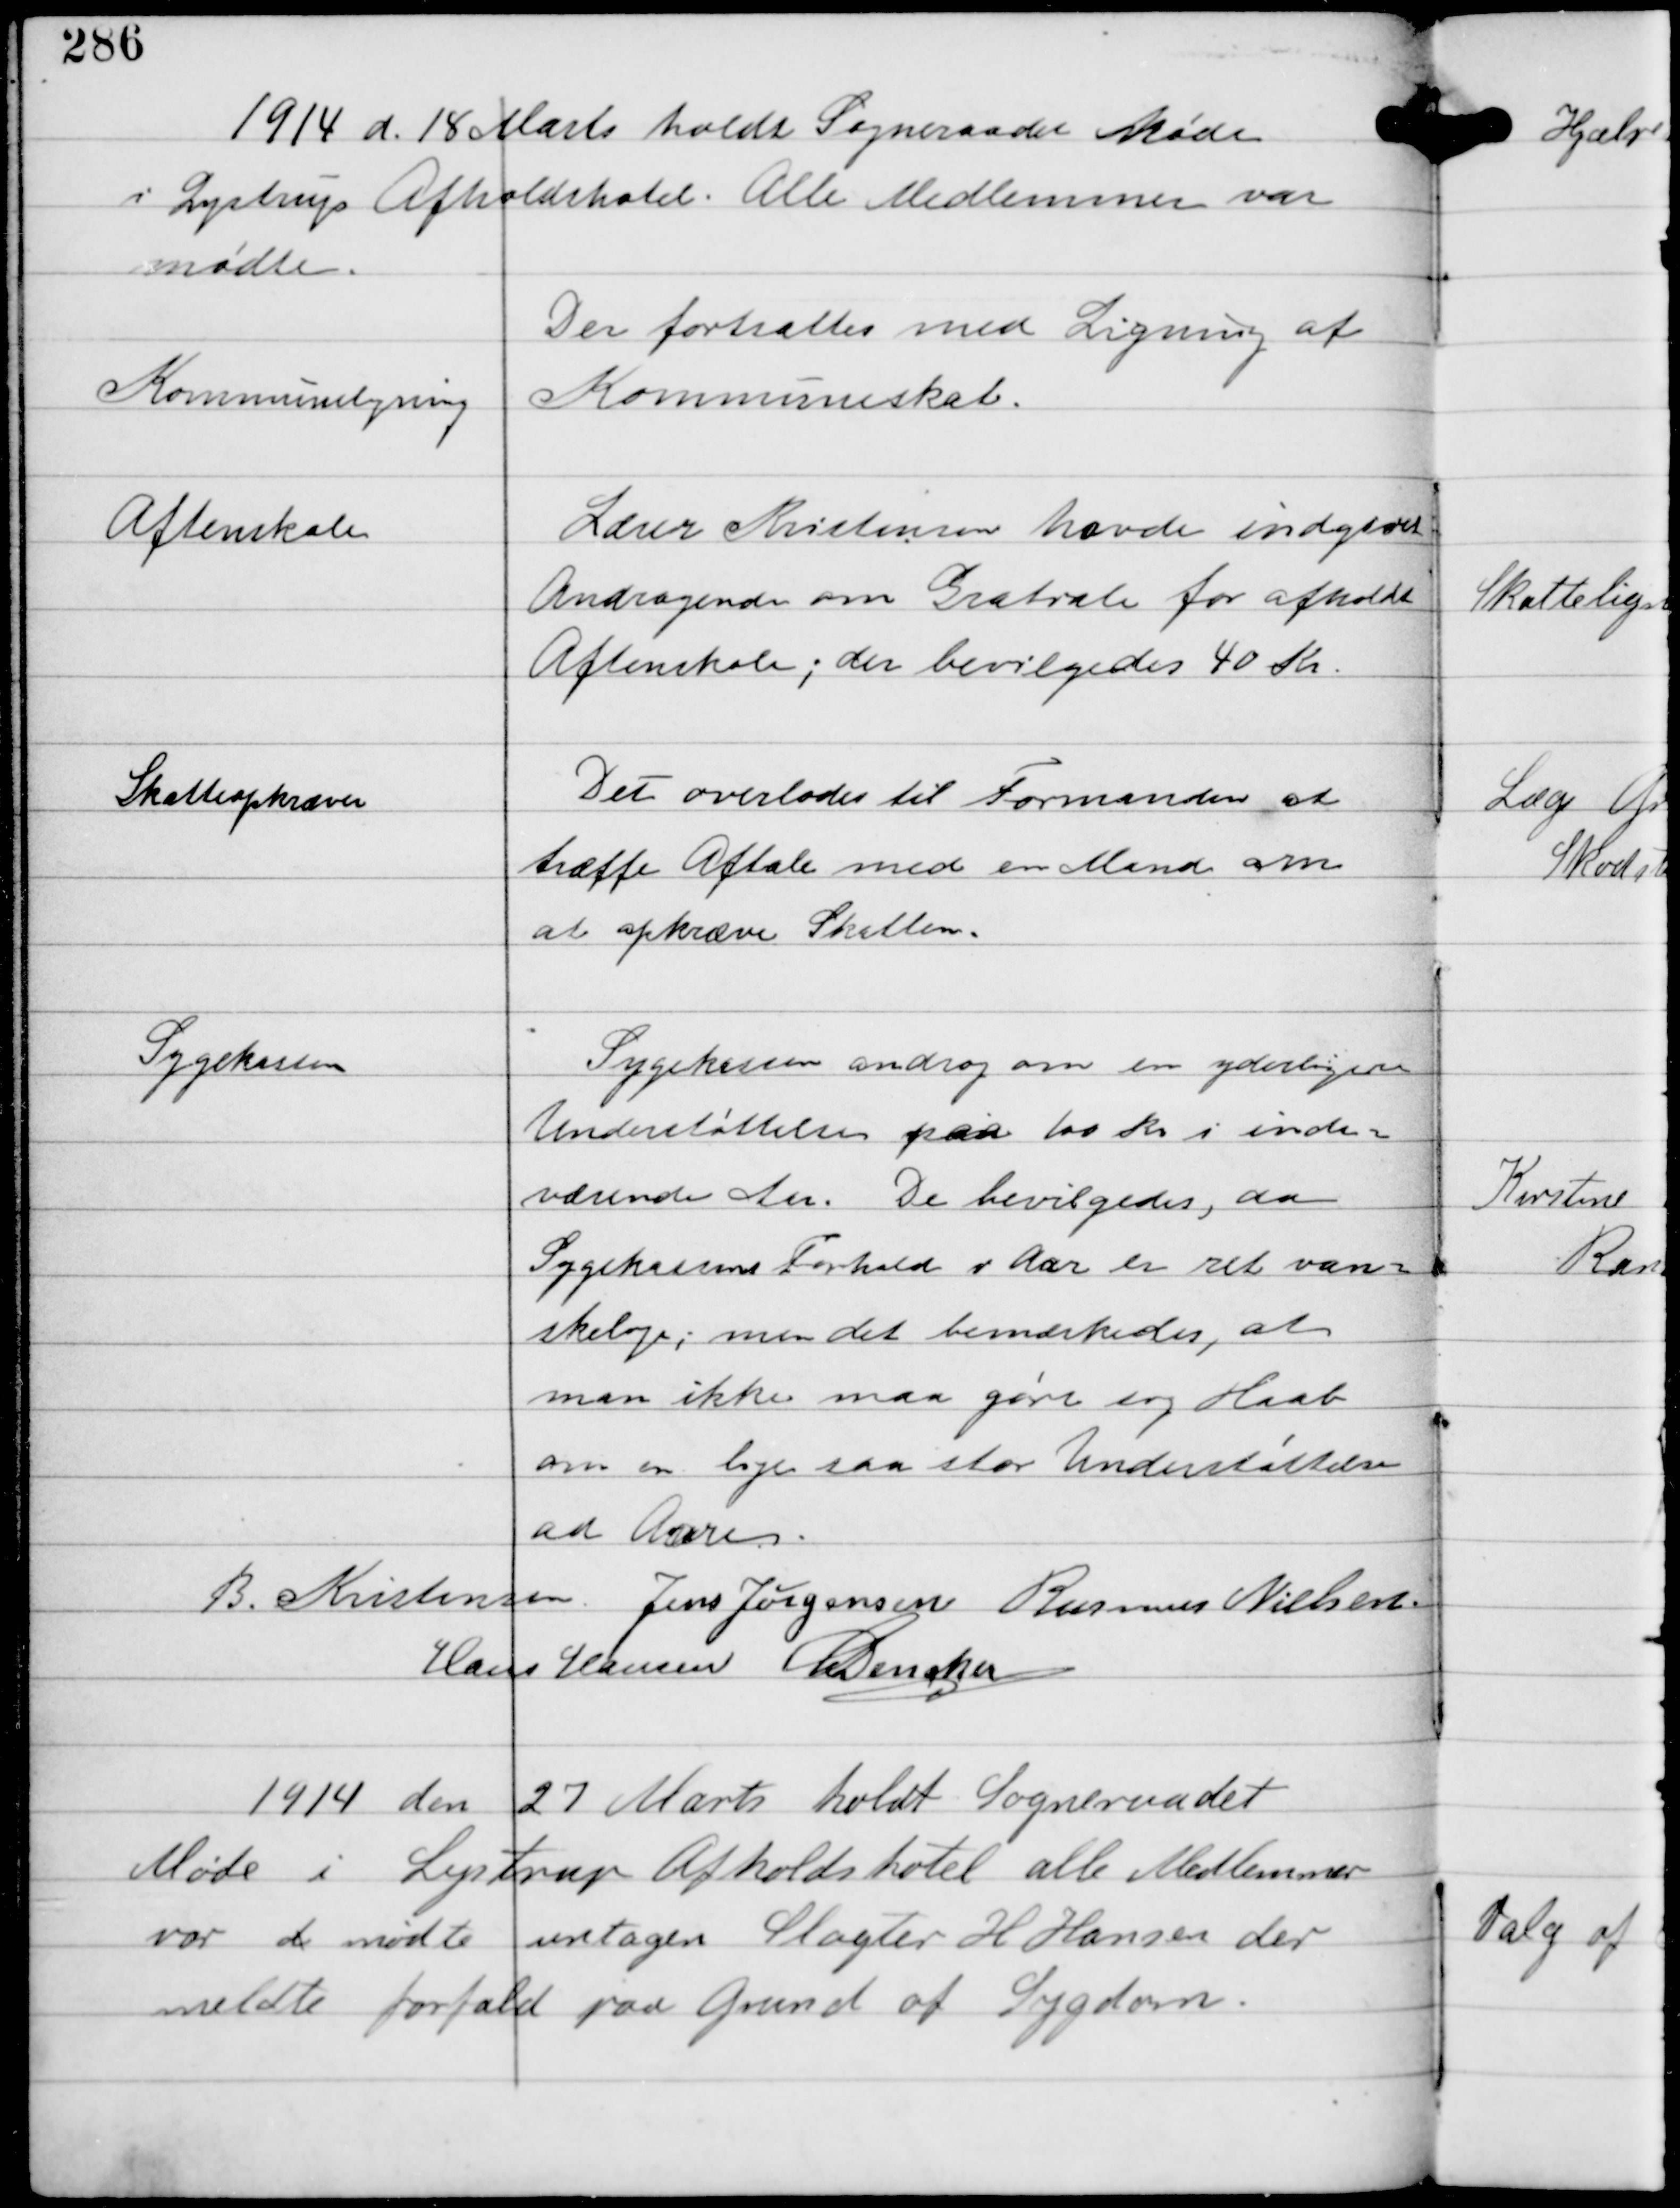
Transskription:
1914 d. 18 Marts holdt Sogneraadet Møde
i Lystrup Afholdshotel. Alle Medlemmer var
mødte.

Kommuneligning

Der fortsættes med Ligning af
Kommuneskat.

Aftenskole

Lærer Kristensen havde indgivet
Andragende om Gratiale for afholdt
Aftenskole; der bevilgedes 40 Kr

Skatteopkræver

Det overlades til Formanden at
træffe Aftale med en Mand om
at opkræve Skatterne.

Sygekassen

Sygekassen androg om en yderligere
Understøttelse paa 100 Kr i inde-
værende Aar. De bevilgedes, da
Sygekassernes Forhold i Aar er ret van-
skelige; men det bemærkedes, at
man ikke maa gøre sig Haab
om en lige saa stor Understøttelse
ad Aare.

B Kristensen Jens Jørgensen Rasmus Nielsen
Hans Hansen C Dencker

1914 den 27 Marts holdt Sogneraadet
Møde i Lystrup Afholdshotel alle Medlemmer
var d mødte undtagen Slagter H Hansen der
meldte forfald paa Grund af Sygdom.